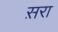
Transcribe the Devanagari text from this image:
स़रा